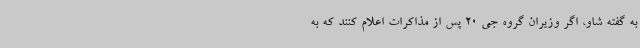
به گفته شاو، اگر وزیران گروه جی 20 پس از مذاکرات اعلام کنند که به